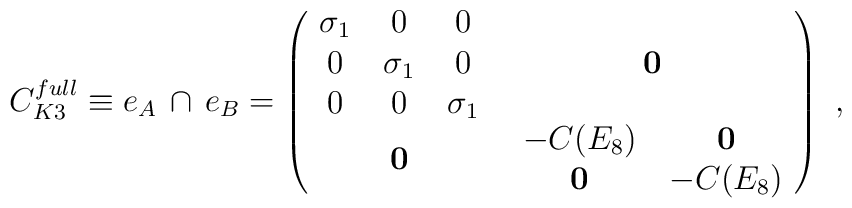
C^{full}_{K3}\equiv e_A \, \cap \, e_B = \left( \matrix{ \matrix{ \sigma_1 & 0 & 0 \cr 0 & \sigma_1 & 0 \cr 0 & 0 & \sigma_1 \cr} &  {\bf 0} \cr{\bf 0} & \matrix{ -C(E_8) & {\bf 0} \cr {\bf 0} & -C(E_8) \cr }\cr } \right)\ ,